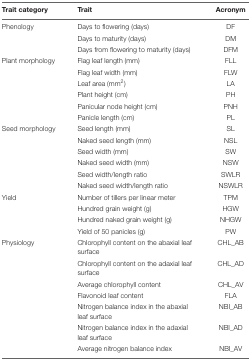
<table><thead><tr><td><b>Trait category</b></td><td><b>Trait</b></td><td><b>Acronym</b></td></tr></thead><tbody><tr><td>Phenology</td><td>Days to flowering (days)</td><td>DF</td></tr><tr><td></td><td>Days to maturity (days)</td><td>DM</td></tr><tr><td></td><td>Days from flowering to maturity (days)</td><td>DFM</td></tr><tr><td>Plant morphology</td><td>Flag leaf length (mm)</td><td>FLL</td></tr><tr><td></td><td>Flag leaf width (mm)</td><td>FLW</td></tr><tr><td></td><td>Leaf area (mm<sup>2</sup>)</td><td>LA</td></tr><tr><td></td><td>Plant height (cm)</td><td>PH</td></tr><tr><td></td><td>Panicular node height (cm)</td><td>PNH</td></tr><tr><td></td><td>Panicle length (cm)</td><td>PL</td></tr><tr><td>Seed morphology</td><td>Seed length (mm)</td><td>SL</td></tr><tr><td></td><td>Naked seed length (mm)</td><td>NSL</td></tr><tr><td></td><td>Seed width (mm)</td><td>SW</td></tr><tr><td></td><td>Naked seed width (mm)</td><td>NSW</td></tr><tr><td></td><td>Seed width/length ratio</td><td>SWLR</td></tr><tr><td></td><td>Naked seed width/length ratio</td><td>NSWLR</td></tr><tr><td>Yield</td><td>Number of tillers per linear meter</td><td>TPM</td></tr><tr><td></td><td>Hundred grain weight (g)</td><td>HGW</td></tr><tr><td></td><td>Hundred naked grain weight (g)</td><td>NHGW</td></tr><tr><td></td><td>Yield of 50 panicles (g)</td><td>PW</td></tr><tr><td>Physiology</td><td>Chlorophyll content on the abaxial leaf surface</td><td>CHL_AB</td></tr><tr><td></td><td>Chlorophyll content on the adaxial leaf surface</td><td>CHL_AD</td></tr><tr><td></td><td>Average chlorophyll content</td><td>CHL_AV</td></tr><tr><td></td><td>Flavonoid leaf content</td><td>FLA</td></tr><tr><td></td><td>Nitrogen balance index in the abaxial leaf surface</td><td>NBI_AB</td></tr><tr><td></td><td>Nitrogen balance index in the adaxial leaf surface</td><td>NBI_AD</td></tr><tr><td></td><td>Average nitrogen balance index</td><td>NBI_AV</td></tr></tbody></table>